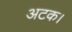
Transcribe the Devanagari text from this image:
अटक।